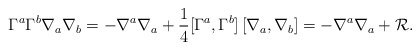
\begin{align*}\Gamma^a\Gamma^b\nabla_a\nabla_b = -\nabla^a\nabla_a+ \frac{1}{4}[\Gamma^a,\Gamma^b]\,[\nabla_a,\nabla_b]= -\nabla^a\nabla_a+{\cal R}.\end{align*}